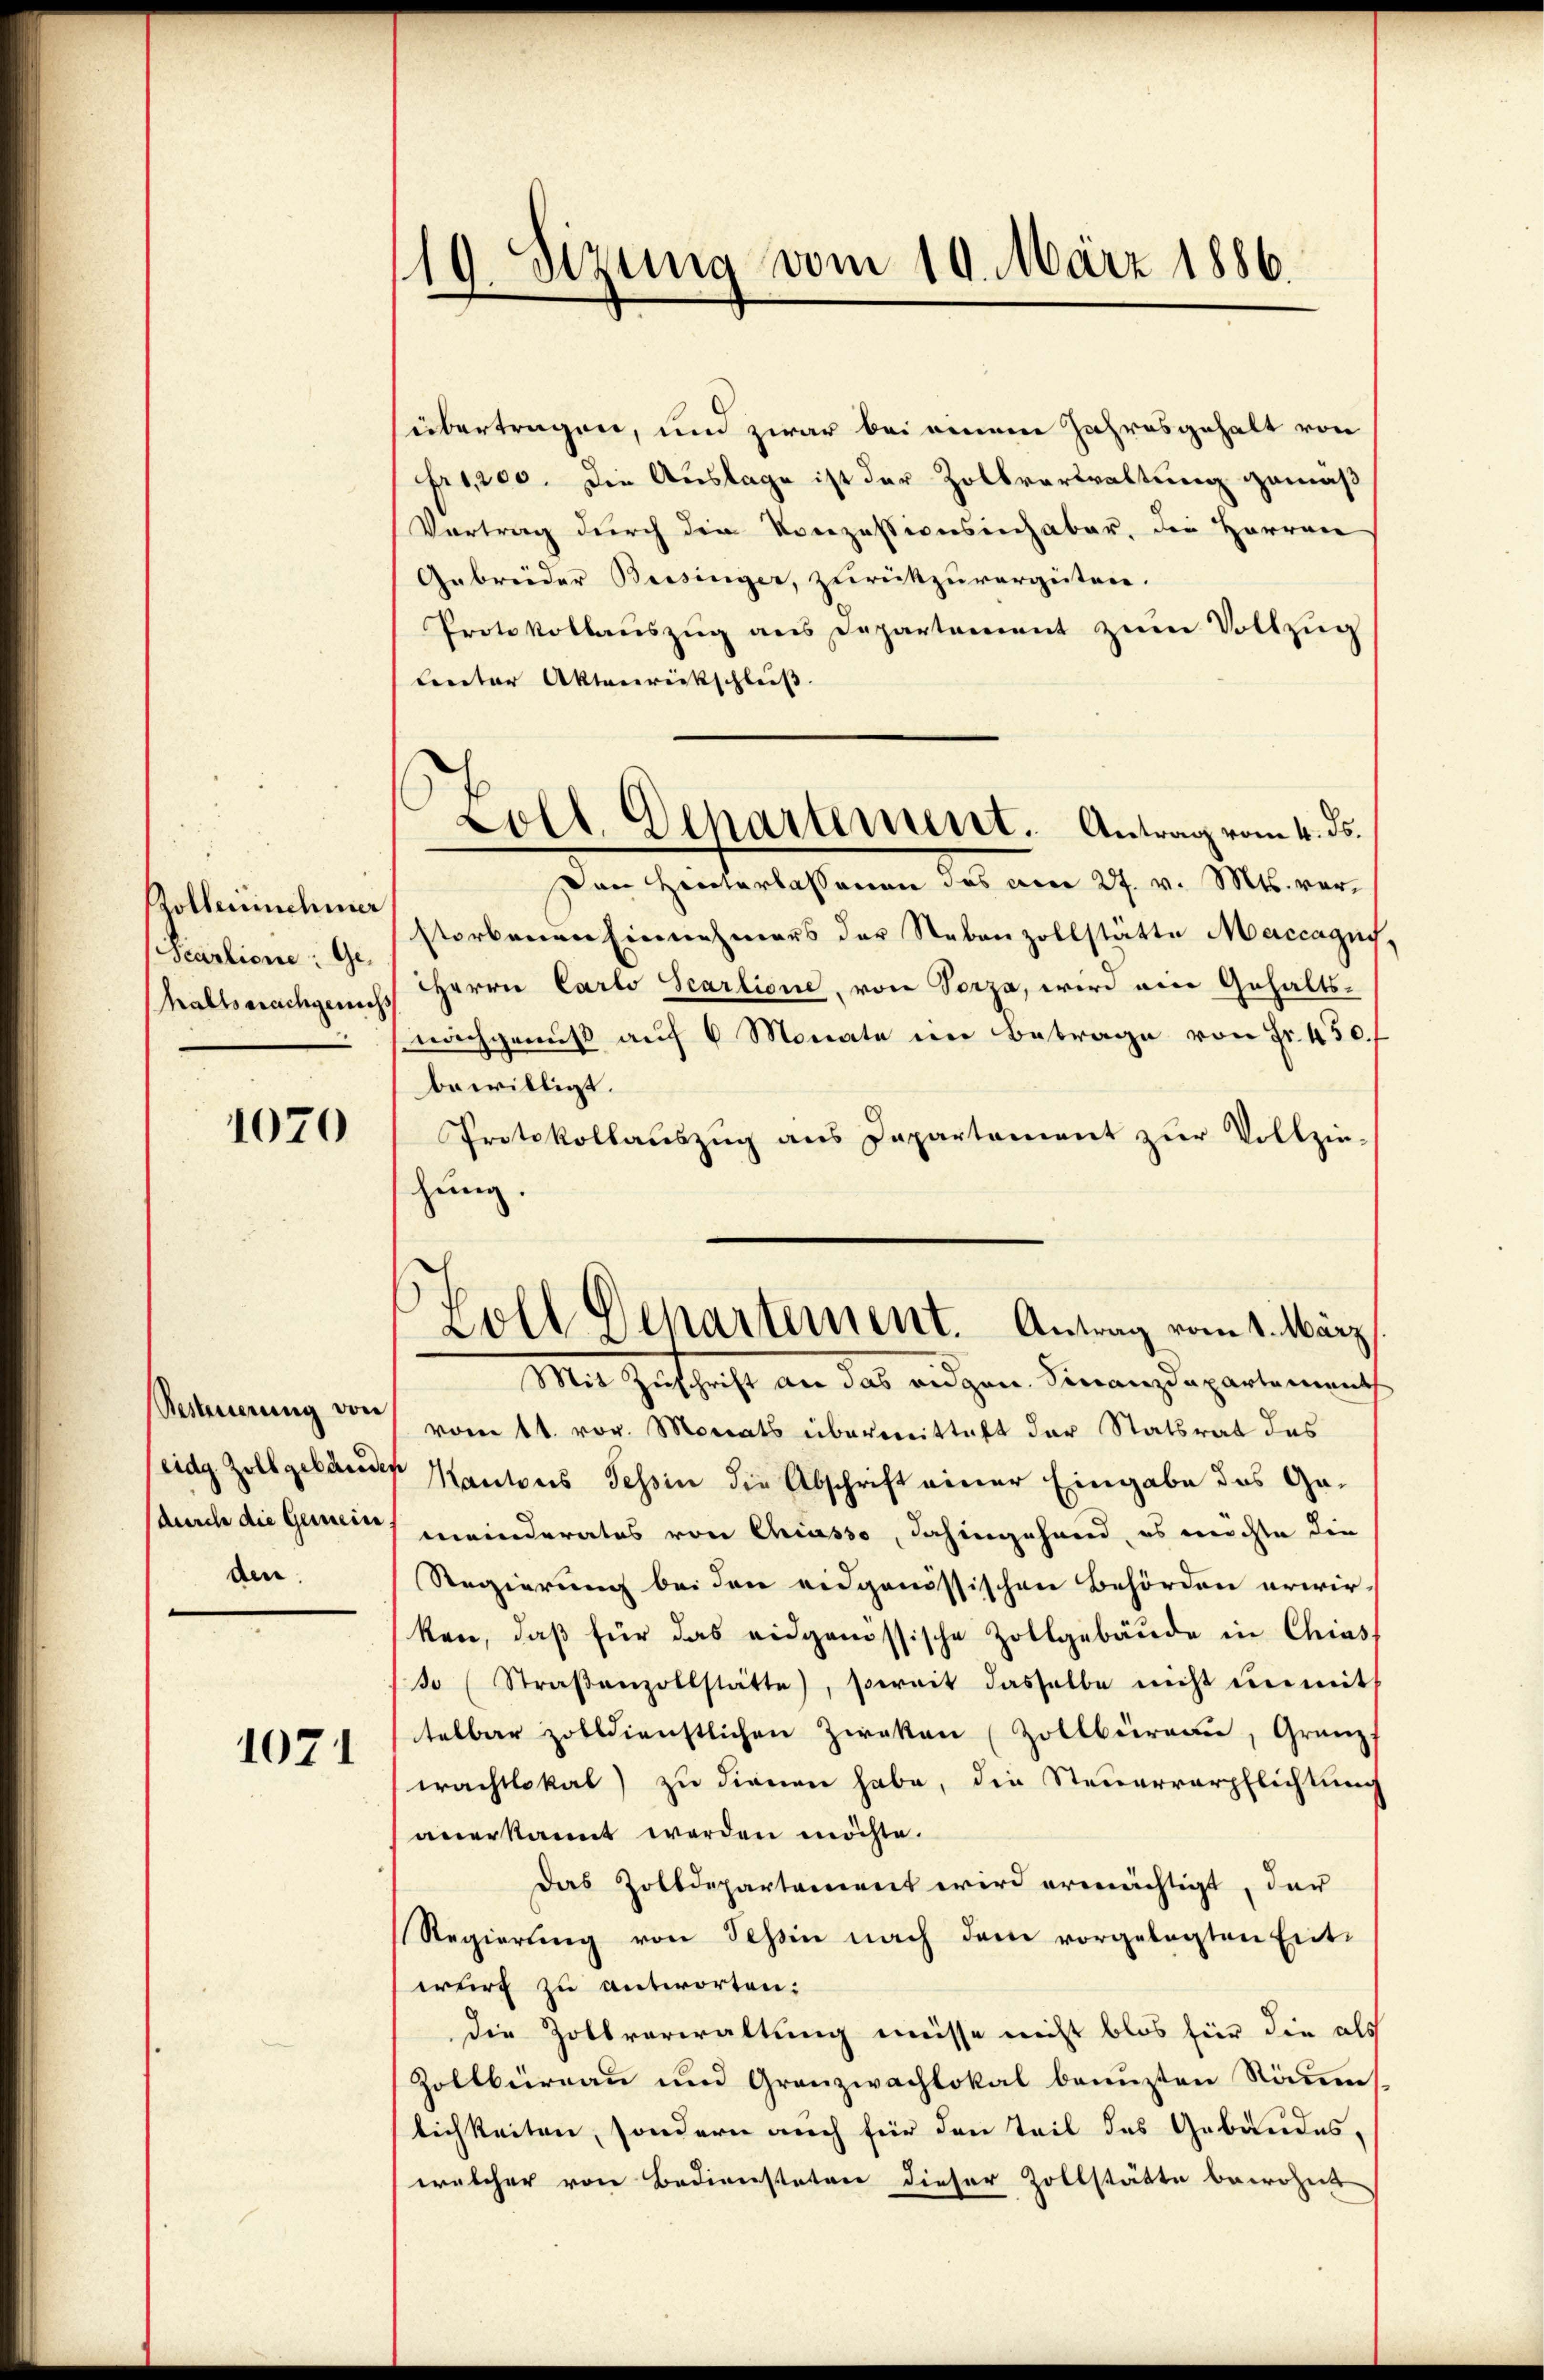
Zollerinnehmer
Scartione: Ge-
halls nachgerich

1070

Resterierung von
eidg. Zollgebäude
durch die Gemein
den

1071

19. Sizung vom 19. März 1886.
.

sübertragen, und zwar bei einem Jahresgehalt von
fr1,200. Die Auslage ist der Zollverwaltung gemäß
Vortrag durch die Konzessionsinhaber, die Herren
Gebrüder Beisinger, zurückzuvergüten.
Protokollaŭszŭg ans Departement zŭm Vollzŭg
leuter Aktenrückschluß
von Heuterlassenen das am 27. v. Mts. verstorbenen Einnehmers der Nebenzollstätte Maccagus.
HHerrn Carlo Scarlione, von Vorza, wird am Gehalts-
nachgenuß auf 6 Monate im Betrage von Fr. 450.
bewilligt.
Protokollauszug aus Dapartement zŭr Vollzie-
hung.
Mit Zuschrift an das eidgen. Finanzdepartement
vom 11. vor. Monats übermittalt der Statsrat des
Mantons Tessin die Abschrift einer Eingabe des Gameinderates von Chiasso, dahingehand, es möchte die
Regierung bei den eidgenössischen Behörden erwir-
ken, daß für das eidgenössische Zollgebäude in Chias
so (Straβenzollstätte, soweit dasselbe nicht ŭnmit
telbar zolldienstlichen Zweken (Zollbüreau, Granz.
erachtlokal) zu dienen habe, die Steuerverpflichtung
anerkannt werden möchte.
das Zolldepartament wird ermächtigt, der
Regierŭng von Tessin nach dem vorgelegten Ent-
wurf zu antworten:
die Zollverwaltung müsse nicht blos für die als
Zollbüreau und Granzwachlokal benuzten Säuslichkeiten, sondern auch für den Teil des Gebäudes,
welcher von Bedienstaten dieser Zollstätte bewohnt

Loll. Departement. Antrag vom 4. ds.

Zoll Departement. Antrag vom 1. März